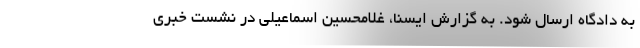
به دادگاه ارسال شود. به گزارش ایسنا، غلامحسین اسماعیلی در نشست خبری